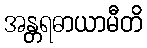
အန္တရဓာယာမီတိ